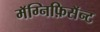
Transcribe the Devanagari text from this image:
मॅग्निफ़िसॅन्ट